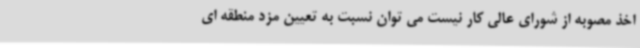
اخذ مصوبه از شورای عالی کار نیست می توان نسبت به تعیین مزد منطقه ای